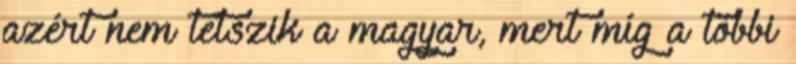
azért nem tetszik a magyar, mert míg a többi